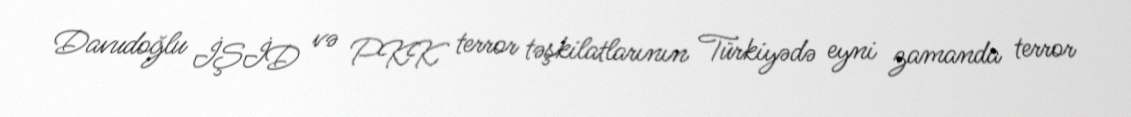
Davudoğlu İŞİD və PKK terror təşkilatlarının Türkiyədə eyni zamanda terror